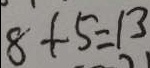
8 + 5 = 1 3